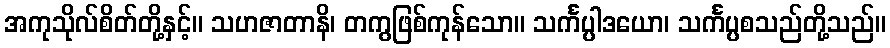
အကုသိုလ်စိတ်တို့နှင့်။ သဟဇာတာနိ၊ တကွဖြစ်ကုန်သော။ သင်္ကပ္ပါဒယော၊ သင်္ကပ္ပစသည်တို့သည်။